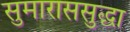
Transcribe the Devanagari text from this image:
सुमाराससुद्धा